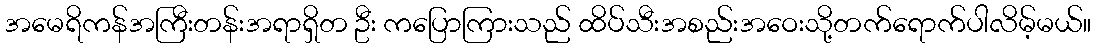
အမေရိကန်အကြီးတန်းအရာရှိတ ဦး ကပြောကြားသည် ထိပ်သီးအစည်းအဝေးသို့တက်ရောက်ပါလိမ့်မယ်။